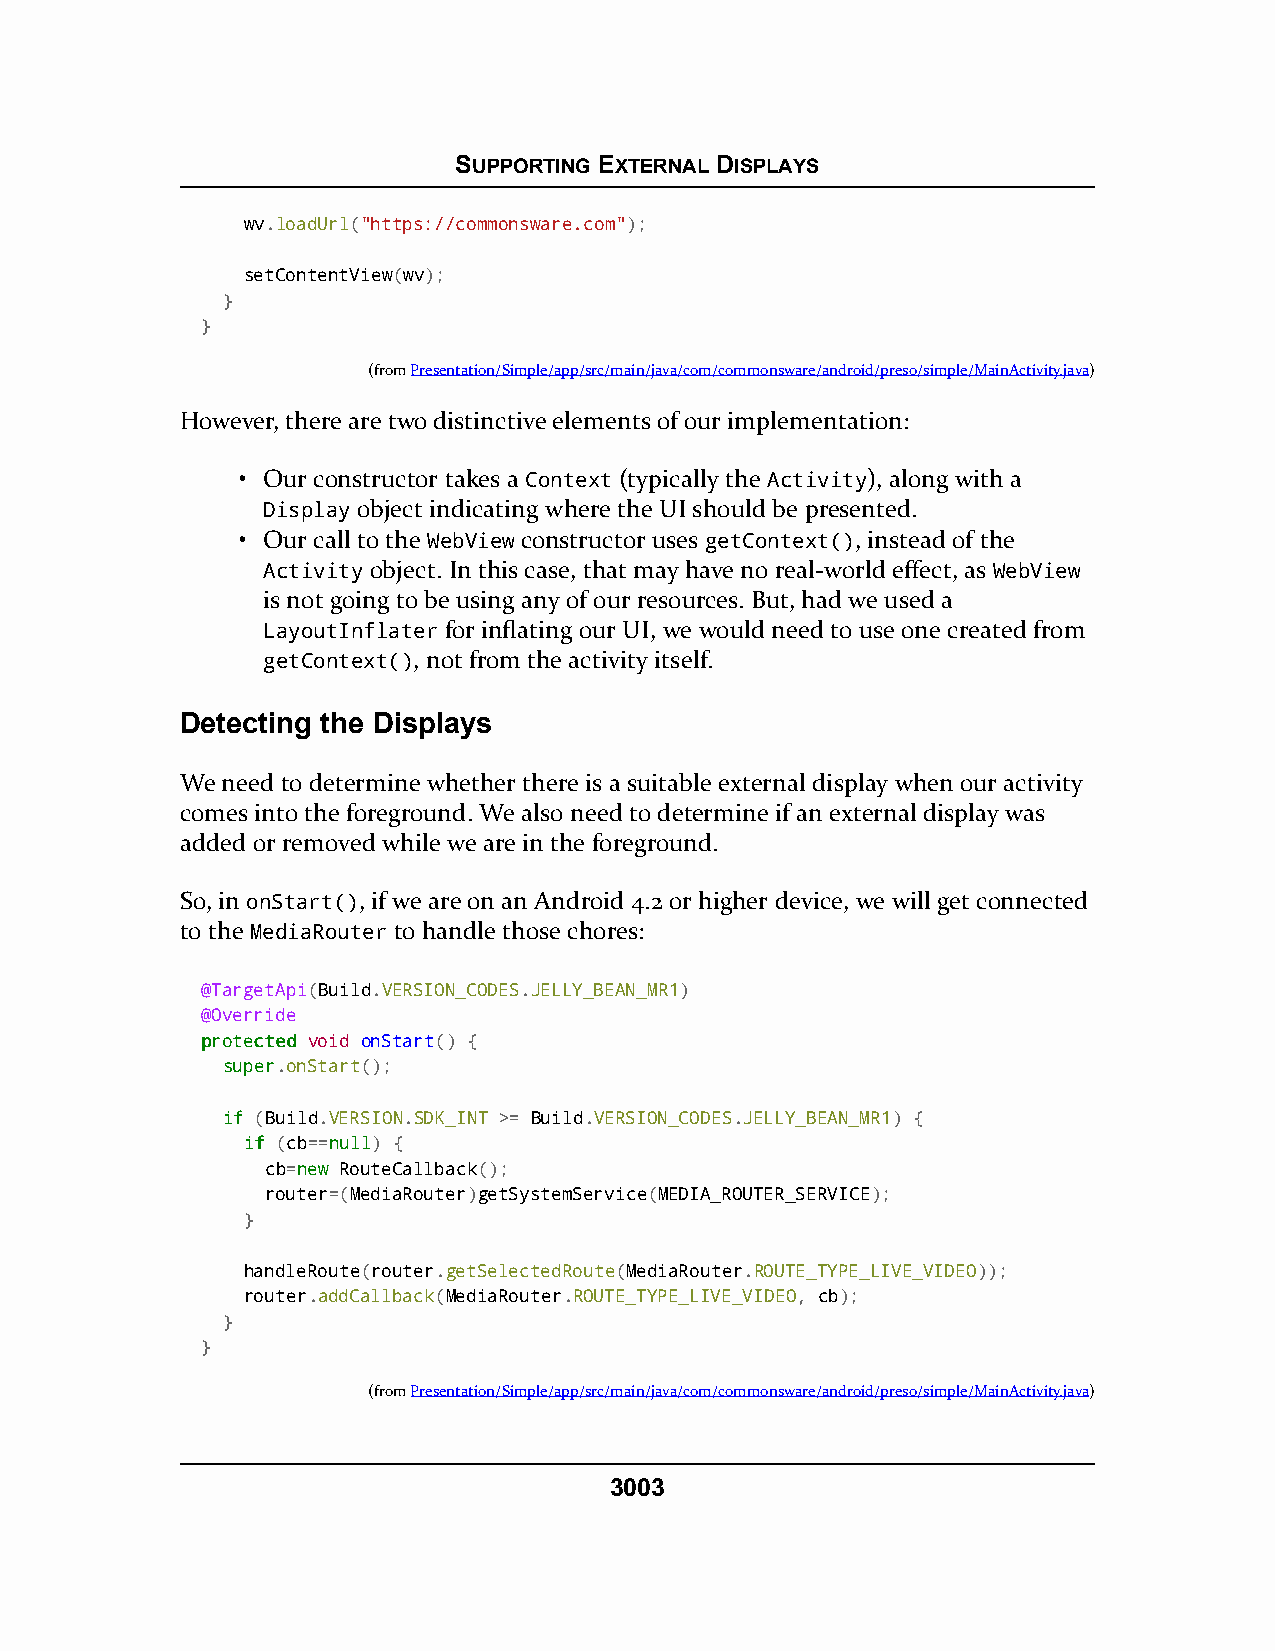
SUPPORTING EXTERNAL DISPLAYS
 wv.loadUrl("https://commonsware.com");
 setContentView(wv);
 }
 }
 (fromPresentation/Simple/app/src/main/java/com/commonsware/android/preso/simple/MainActivity.java)
 However, there are two distinctive elements of our implementation:
 • Our constructor takes a Context (typically the Activity), along with a
 Display object indicating where the UI should be presented.
 • Our call to the WebView constructor uses getContext(), instead of the
 Activity object. In this case, that may have no real-world effect, as WebView
 is not going to be using any of our resources. But, had we used a
 LayoutInflater for inflating our UI, we would need to use one created from
 getContext(), not from the activity itself.
 Detecting the Displays
 We need to determine whether there is a suitable external display when our activity
 comes into the foreground. We also need to determine if an external display was
 added or removed while we are in the foreground.
 So, in onStart(), if we are on an Android 4.2 or higher device, we will get connected
 to the MediaRouter to handle those chores:
 @TargetApi(Build.VERSION_CODES.JELLY_BEAN_MR1)
 @Override
 pprrootteecctteedd void onStart() {
 ssuuppeerr.onStart();
 iiff (Build.VERSION.SDK_INT >= Build.VERSION_CODES.JELLY_BEAN_MR1) {
 iiff (cb==nnuullll) {
 cb=nneeww RouteCallback();
 router=(MediaRouter)getSystemService(MEDIA_ROUTER_SERVICE);
 }
 handleRoute(router.getSelectedRoute(MediaRouter.ROUTE_TYPE_LIVE_VIDEO));
 router.addCallback(MediaRouter.ROUTE_TYPE_LIVE_VIDEO, cb);
 }
 }
 (fromPresentation/Simple/app/src/main/java/com/commonsware/android/preso/simple/MainActivity.java)
 3003